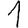
Digit: 1